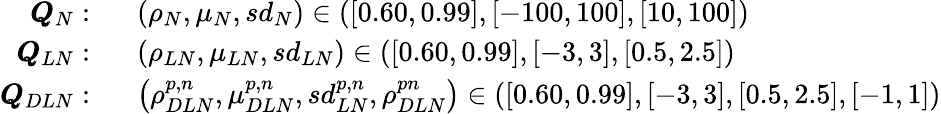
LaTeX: \begin{array}{rl}{\pmb{Q}_{N}:}&{\ \ \left(\rho_{N},\mu_{N},sd_{N}\right)\in\left(\left[0.60,0.99\right],\left[-100,100\right],\left[10,100\right]\right)}\\ {\pmb{Q}_{LN}:}&{\ \ \left(\rho_{LN},\mu_{LN},sd_{LN}\right)\in\left(\left[0.60,0.99\right],\left[-3,3\right],\left[0.5,2.5\right]\right)}\\ {\pmb{Q}_{DLN}:}&{\ \ \left(\rho_{DLN}^{p,n},\mu_{DLN}^{p,n},sd_{LN}^{p,n},\rho_{DLN}^{pn}\right)\in\left(\left[0.60,0.99\right],\left[-3,3\right],\left[0.5,2.5\right],\left[-1,1\right]\right)}\end{array}